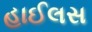
હાઈલસ